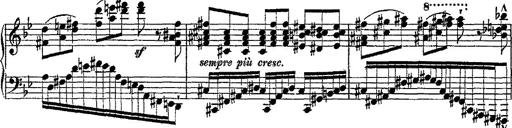
Title: Fantaisie romantique sur deux mÃ©lodies suisses
Composer: Franz Liszt